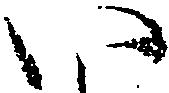
い